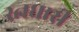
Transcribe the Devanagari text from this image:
स्त्नधारी